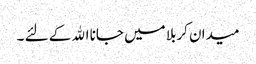
میدان کربلا میں جانا اﷲ کے لئے ۔